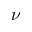
\ensuremath { \boldsymbol \nu }